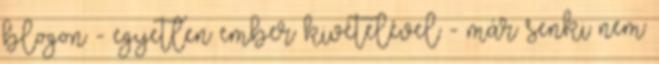
blogon - egyetlen ember kivételével - már senki nem